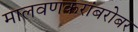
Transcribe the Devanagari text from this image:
मालवणकरांबरोबर